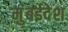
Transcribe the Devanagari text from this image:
मुंबईदेश